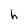
Character: h